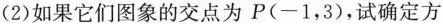
(2)如果它们图象的交点为P(-1，3)，试确定方